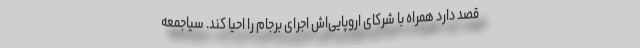
قصد دارد همراه با شرکای اروپایی‌اش اجرای برجام را احیا کند. سیاجمعه